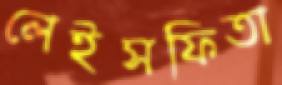
লেইসফিতা